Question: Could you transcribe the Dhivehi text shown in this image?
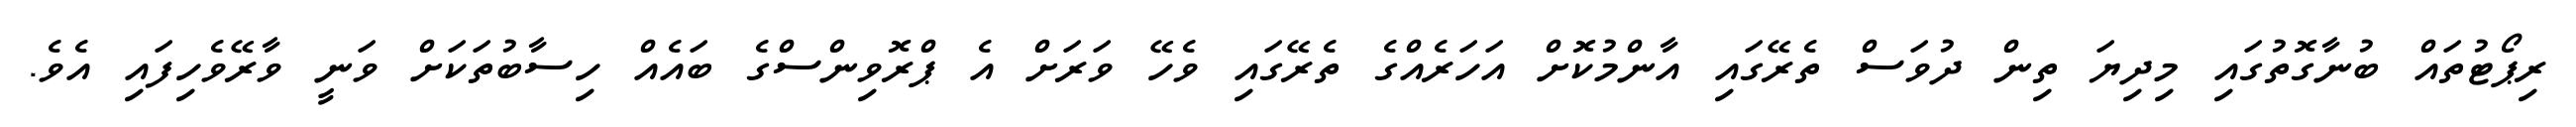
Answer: ރިޕޯޓުތައް ބުނާގޮތުގައި މިދިޔަ ތިން ދުވަސް ތެރޭގައި އާންމުކޮށް އަހަރެއްގެ ތެރޭގައި ވެހޭ ވަރަށް އެ ޕްރޮވިންސްގެ ބައެއް ހިސާބުތަކަށް ވަނީ ވާރޭވެހިފައި އެވެ.